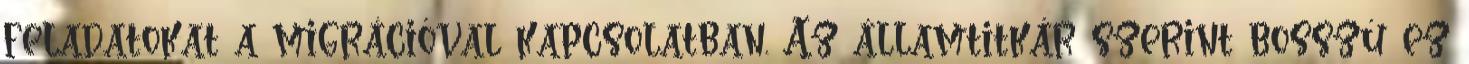
feladatokat a migrációval kapcsolatban. Az államtitkár szerint bosszú ez